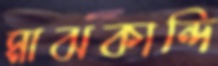
মাঝকান্দি